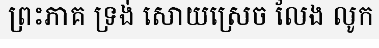
ព្រះភាគ ទ្រង់ សោយស្រេច លែង លូក